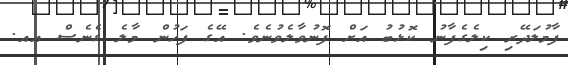
ފާމުލަދޭރި ކިލެގެފާނު ކޮޅުބު އަށް ފޮނުވާލެވުނެވެ. އޭގެ ފަހުން މާލެ ގެނެސް އއ.